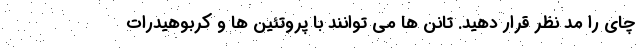
چای را مد نظر قرار دهید. تانن ها می توانند با پروتئین ها و کربوهیدرات